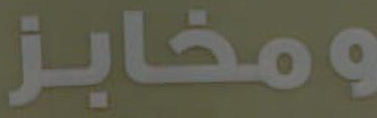
ومخابز